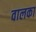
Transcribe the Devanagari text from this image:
वालका